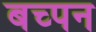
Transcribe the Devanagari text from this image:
बच्पन